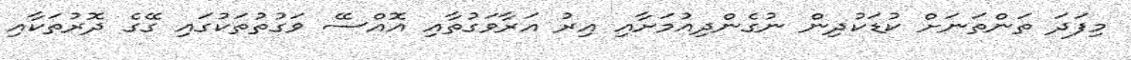
މިފަދަ ތަންތަނަށް ކުޑަކުދިން ނުގެންދިއުމަށާއި އިރު އަރާވަގުތާއި އޮއްސޭ ވަގުތުތަކުގައި ގޭގެ ދޮރުތަކާއި